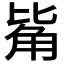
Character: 𧣅